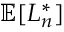
\mathbb { E } [ L _ { n } ^ { * } ]